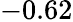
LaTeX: -0.62